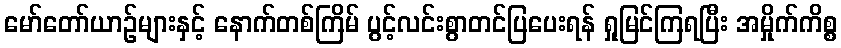
မော်တော်ယာဉ်များနှင့် နောက်တစ်ကြိမ် ပွင့်လင်းစွာတင်ပြပေးရန် ရှုမြင်ကြရပြီး အမှိုက်ကိစ္စ